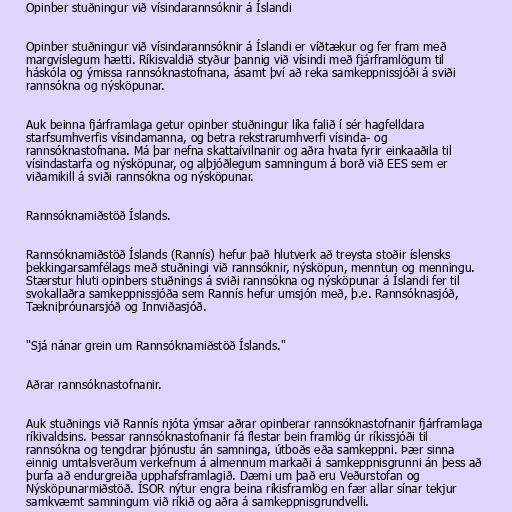
Opinber stuðningur við vísindarannsóknir á Íslandi

Opinber stuðningur við vísindarannsóknir á Íslandi er víðtækur og fer fram með
margvíslegum hætti. Ríkisvaldið styður þannig við vísindi með fjárframlögum til
háskóla og ýmissa rannsóknastofnana, ásamt því að reka samkeppnissjóði á sviði
rannsókna og nýsköpunar.

Auk beinna fjárframlaga getur opinber stuðningur líka falið í sér hagfelldara
starfsumhverfis vísindamanna, og betra rekstrarumhverfi vísinda- og
rannsóknastofnana. Má þar nefna skattaívilnanir og aðra hvata fyrir einkaaðila til
vísindastarfa og nýsköpunar, og alþjóðlegum samningum á borð við EES sem er
viðamikill á sviði rannsókna og nýsköpunar.

Rannsóknamiðstöð Íslands.

Rannsóknamiðstöð Íslands (Rannís) hefur það hlutverk að treysta stoðir íslensks
þekkingarsamfélags með stuðningi við rannsóknir, nýsköpun, menntun og menningu.
Stærstur hluti opinbers stuðnings á sviði rannsókna og nýsköpunar á Íslandi fer til
svokallaðra samkeppnissjóða sem Rannís hefur umsjón með, þ.e. Rannsóknasjóð,
Tækniþróunarsjóð og Innviðasjóð.

"Sjá nánar grein um Rannsóknamiðstöð Íslands."

Aðrar rannsóknastofnanir.

Auk stuðnings við Rannís njóta ýmsar aðrar opinberar rannsóknastofnanir fjárframlaga
ríkivaldsins. Þessar rannsóknastofnanir fá flestar bein framlög úr ríkissjóði til
rannsókna og tengdrar þjónustu án samninga, útboðs eða samkeppni. Þær sinna
einnig umtalsverðum verkefnum á almennum markaði á samkeppnisgrunni án þess að
þurfa að endurgreiða upphafsframlagið. Dæmi um það eru Veðurstofan og
Nýsköpunarmiðstöð. ÍSOR nýtur engra beina ríkisframlög en fær allar sínar tekjur
samkvæmt samningum við ríkið og aðra á samkeppnisgrundvelli.